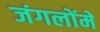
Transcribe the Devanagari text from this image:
जंगलोंमें